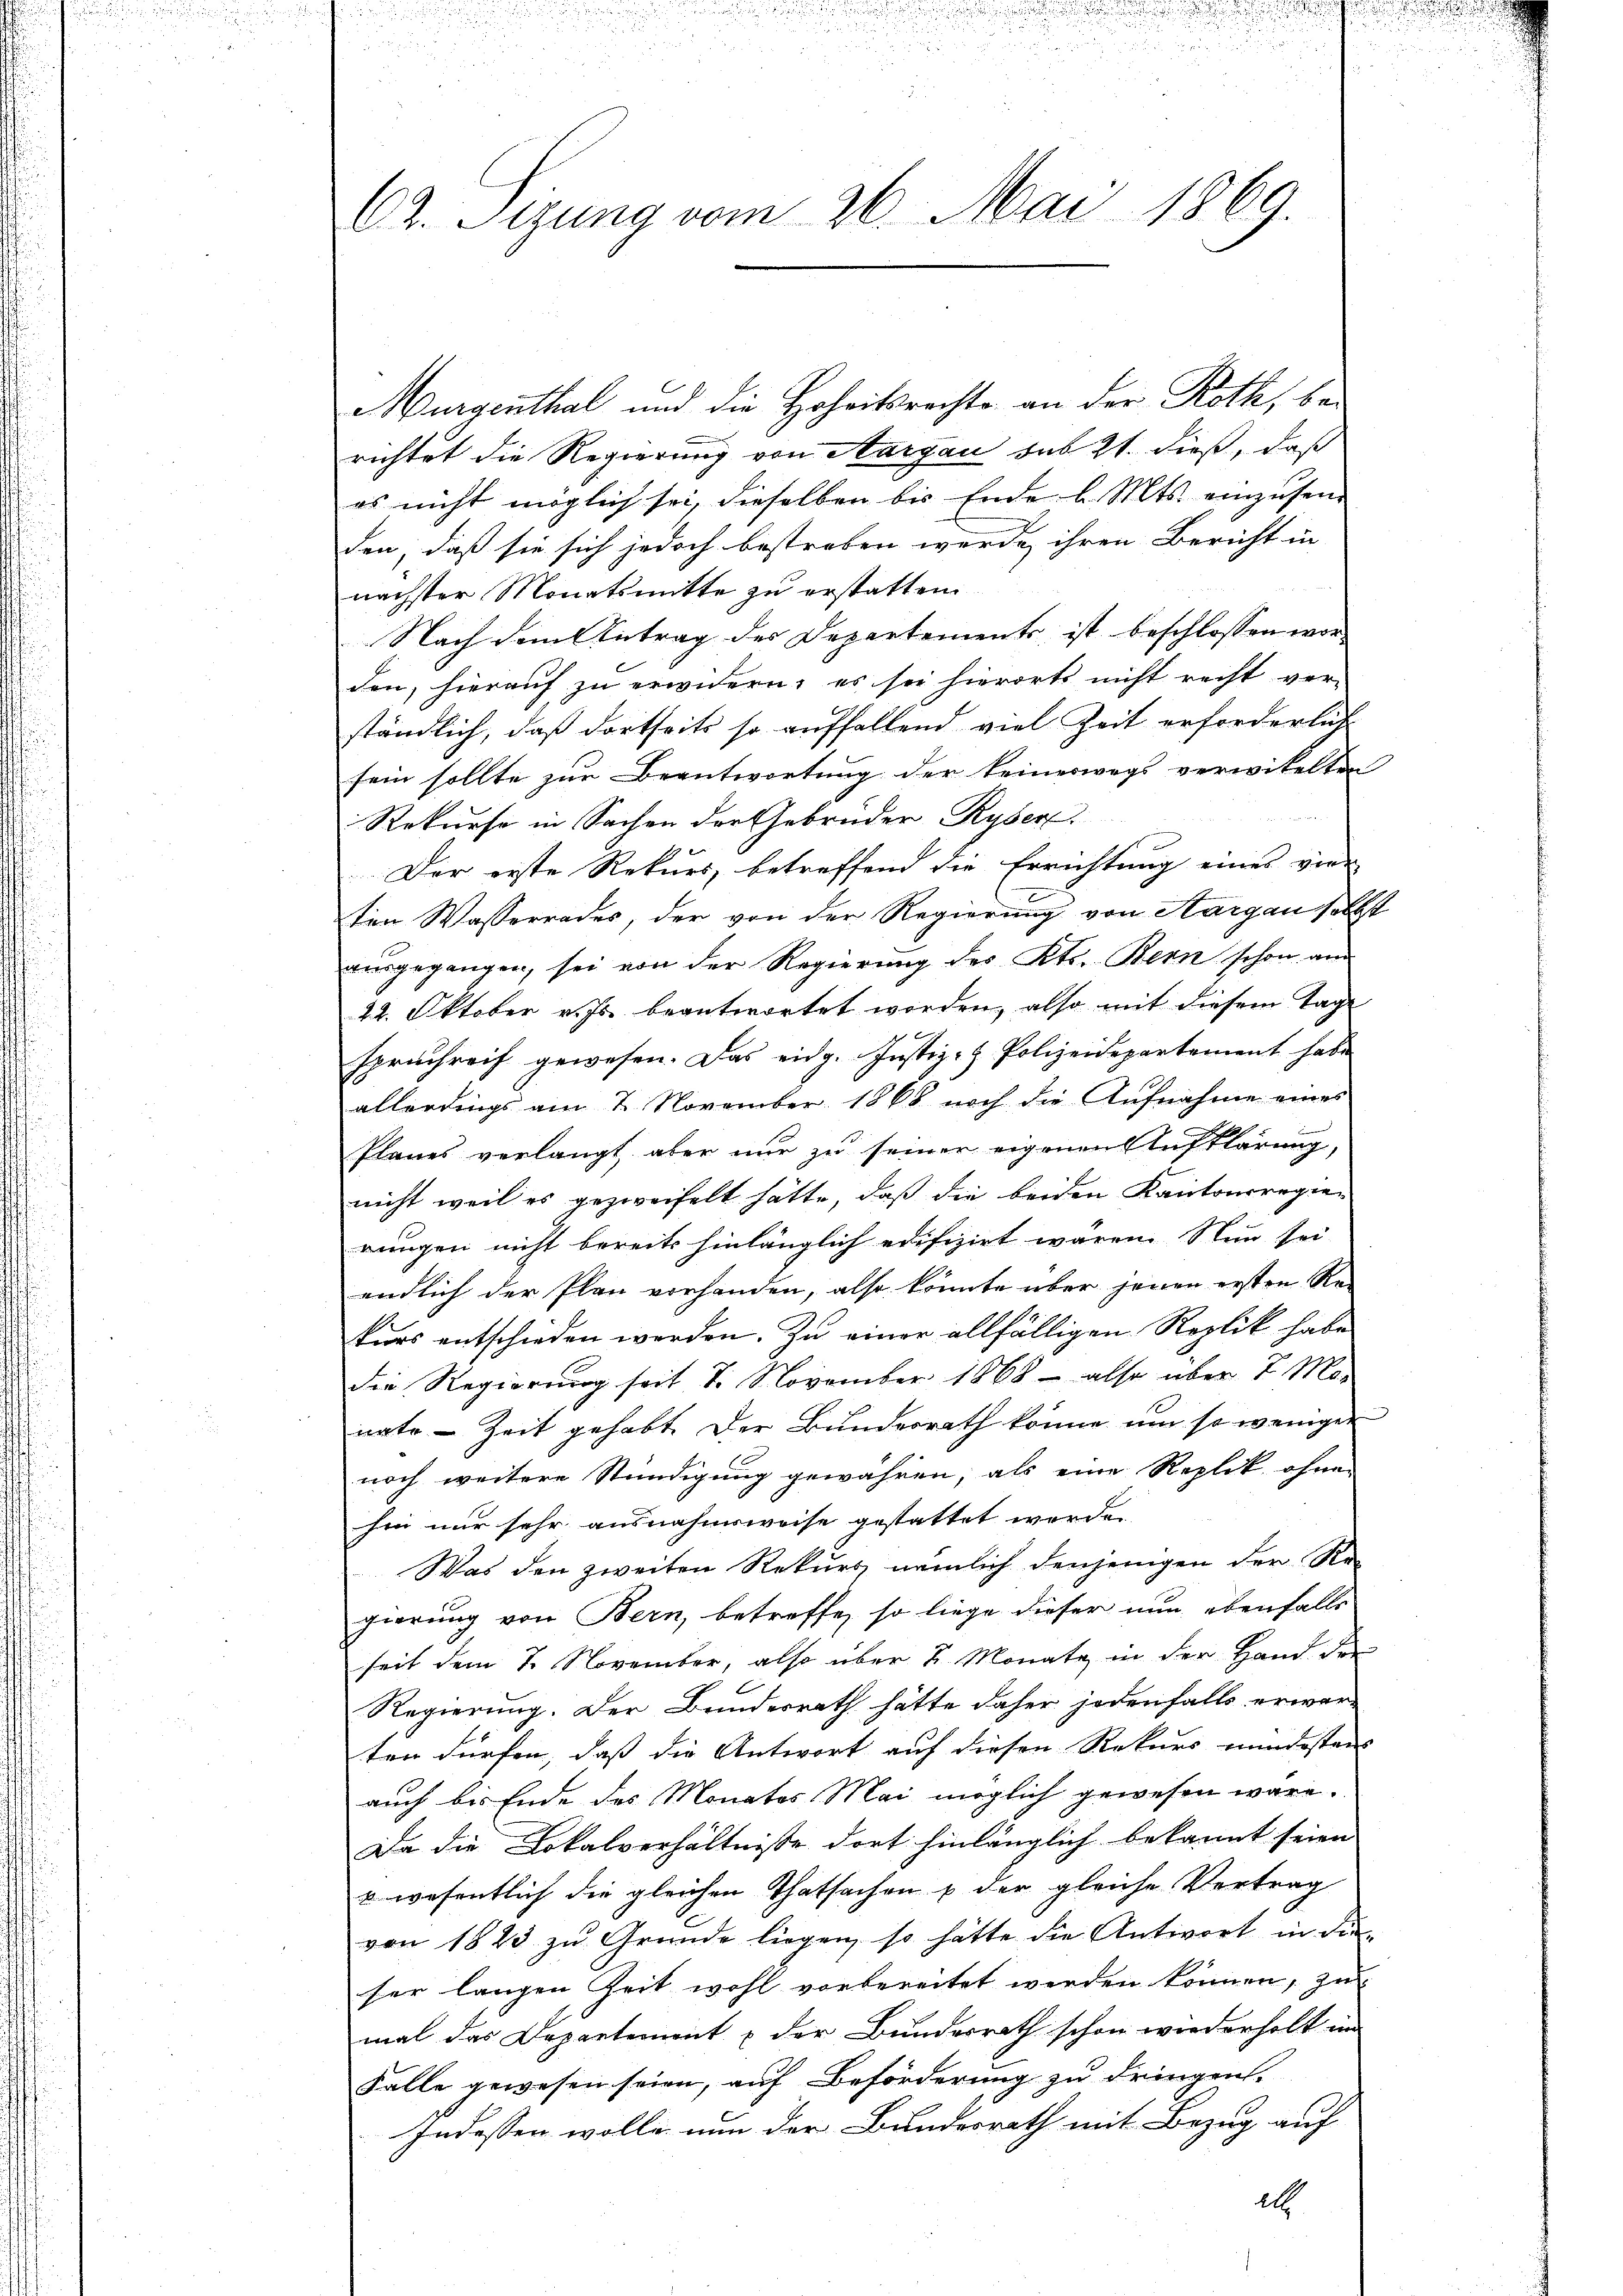
62. Sizung vom 26. Mai 1869.

Murgenthal und die Hoheitsrechte an der Roth, berichtet die Regierung von Aargau sub 21. dieß, daß
es nicht möglich sei, dieselben bis Ende d. Mts. einzusenden, daß sie sich jedoch bestreben werde ihren Bericht in
nächster Monatsmitte zu erstatten.
Nach dem Antrag des Departements ist beschlossen worden, hierauf zu erwidern; es sei hierorts nicht recht ver-
ständlich, daß dortseits so auffallend viel Zeit erforderlich
sein sollte zur Beantwortung der keineswegs verwikelten
Rekurse in Sachen der Gebrüder Ryser
Der erste Rekurs, betreffend die Errichtung eines ver-
ten Wasserrades, der von der Regierung von Aargau selbst
ausgegangen, sei von der Regierung des Kts. Bern schon an
22. Oktober v. Js. beantwortet worden, also mit diesem Tage
spruchreif gewesen. Das eidg. Justiz- & Polizeidepartement habe
allerdings am 2. November 1868 noch die Aufnahme eines
Planes verlangt, aber nur zu seiner eigenen Aufklärung,
nicht weil es gezweifelt hätte, daß die beiden Kantonsregie-
rungen nicht bereits hinlänglich edifizirt wären. Nun sei
endlich der Plan vorhanden, also könnte über jenen ersten Re-
kurs entschieden werden. Zu einer allfälligen Replik habe
Die Regierung seit 7. November 1868 also über 7 Monate - Zeit gehabt. Der Bundesrath könne um so weniger
noch weitere Stündigung gewähren, als eine Replik ohne
hin nur sehr ausnahmsweise gestattet werde.
Was den zweiten Rekurs nämlich denjenigen der Re-
gierung von Bern, betreffe, so liege dieser nun ebenfalls
seit dem 7. November, also über 2 Monate in der Hand der
Regierung. Der Bundesrath hätte daher jedenfalls erwarten dürfen, daß die Antwort auf diesen Rekurs mindestens
auch bis Ende des Monates Mai möglich gewesen wäre.
Da die Lokalverhältnisse dort hinlänglich bekannt seien
uwesentlich die gleichen Thatsachen & der gleiche Vertrag
von 1823 zu Gründe liegen, so hätte die Antwort in die-
ser langen Zeit wohl vorbereitet werden können, zu
mal das Departement & der Bundesrath schon wiederholt im
Falle gewesen seien, auf Beförderung zu dringen.
Indessen wolle nun der Bundesrath mit Bezug auf
els